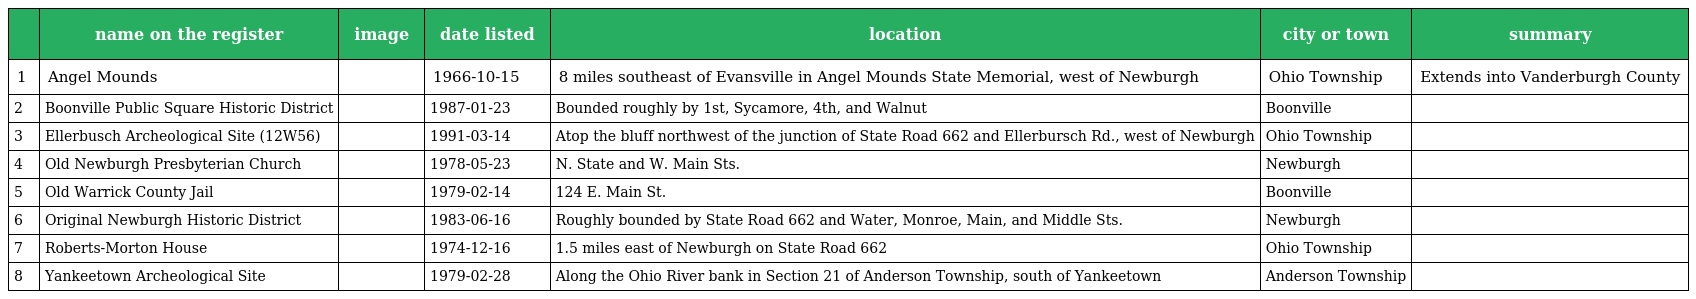
|  | name on the register | image | date listed | location | city or town | summary |
 | --- | --- | --- | --- | --- | --- | --- |
 | 1 | Angel Mounds |  | 1966-10-15 | 8 miles southeast of Evansville in Angel Mounds State Memorial, west of Newburgh | Ohio Township | Extends into Vanderburgh County |
 | 2 | Boonville Public Square Historic District |  | 1987-01-23 | Bounded roughly by 1st, Sycamore, 4th, and Walnut | Boonville |  |
 | 3 | Ellerbusch Archeological Site (12W56) |  | 1991-03-14 | Atop the bluff northwest of the junction of State Road 662 and Ellerbursch Rd., west of Newburgh | Ohio Township |  |
 | 4 | Old Newburgh Presbyterian Church |  | 1978-05-23 | N. State and W. Main Sts. | Newburgh |  |
 | 5 | Old Warrick County Jail |  | 1979-02-14 | 124 E. Main St. | Boonville |  |
 | 6 | Original Newburgh Historic District |  | 1983-06-16 | Roughly bounded by State Road 662 and Water, Monroe, Main, and Middle Sts. | Newburgh |  |
 | 7 | Roberts-Morton House |  | 1974-12-16 | 1.5 miles east of Newburgh on State Road 662 | Ohio Township |  |
 | 8 | Yankeetown Archeological Site |  | 1979-02-28 | Along the Ohio River bank in Section 21 of Anderson Township, south of Yankeetown | Anderson Township |  |